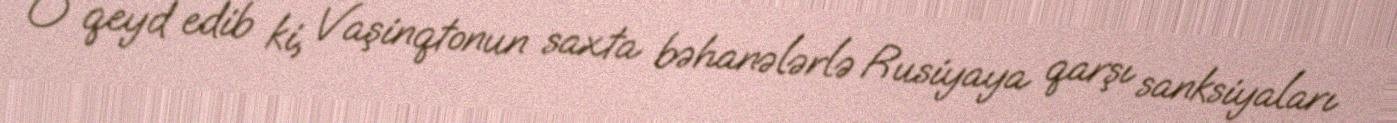
O qeyd edib ki, Vaşinqtonun saxta bəhanələrlə Rusiyaya qarşı sanksiyaları